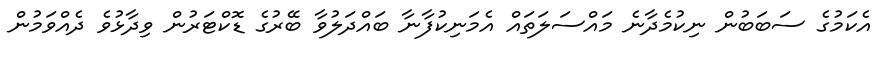
އެކަމުގެ ސަބަބުން ނިކުމެދާނެ މައްސަލަތައް އެމަނިކުފާނާ ބައްދަލުވާ ބޭރުގެ ޑޮކްޓަރުން ވިދާޅުވެ ދެއްވަމުން